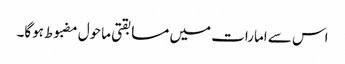
اس سے امارات میں مسابقتی ماحول مضبوط ہوگا۔